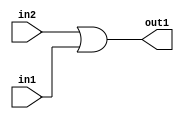
`timescale 1ps / 1ps
/*****************************************************************************
    Verilog RTL Description
    
    
    Created by: Stratus DpOpt 21.05.01 
*******************************************************************************/

module Filter_Or_1Ux1U_1U_1 (
	in2,
	in1,
	out1
	); /* architecture "behavioural" */ 
input  in2,
	in1;
output  out1;
wire  asc001;

assign asc001 = 
	(in2)
	|(in1);

assign out1 = asc001;
endmodule

/* CADENCE  urfwSwg= : u9/ySxbfrwZIxEzHVQQV8Q== ** DO NOT EDIT THIS LINE ******/